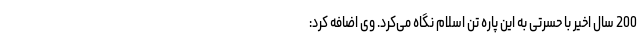
200 سال اخیر با حسرتی به این پاره تن اسلام نگاه می‌کرد. وی اضافه کرد: